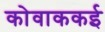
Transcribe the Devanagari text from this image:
कोवाककई